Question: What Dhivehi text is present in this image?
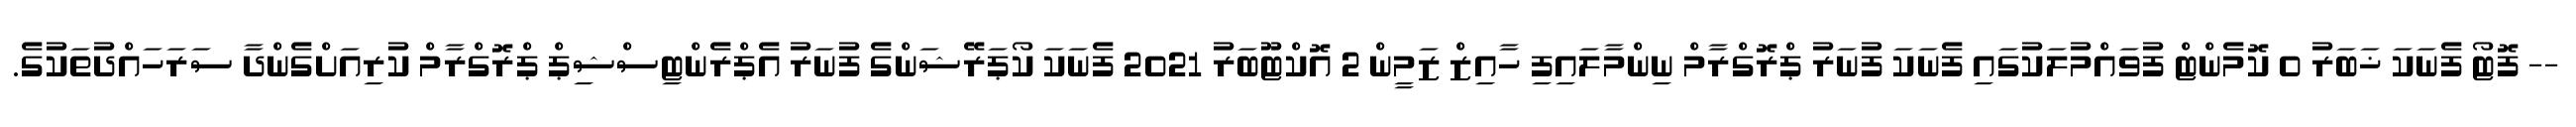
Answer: -- ފޮޓޯ ފެނަކަ ޚަބަރު 0 ކޮމެންޓް ފުވައްމުލަކުގައި ފެނަކަ ފުނަރު ޕްރޮގްރާމް ނިންމާލައިފި ހާއިޒް ޒަމީން 2 އޮކްޓޫބަރު 2021 ފެނަކަ ކޯޕަރޭޝަންގެ ފުނަރު އެޕްރެންޓިސްޝިޕް ޕްރޮގްރާމް ކުރިއަށްގެންދާ ސަރަހައްދުތަކުގެ.